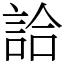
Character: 詥